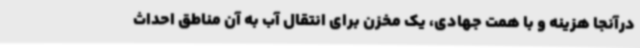
درآنجا هزینه و با همت جهادی، یک مخزن برای انتقال آب به آن مناطق احداث